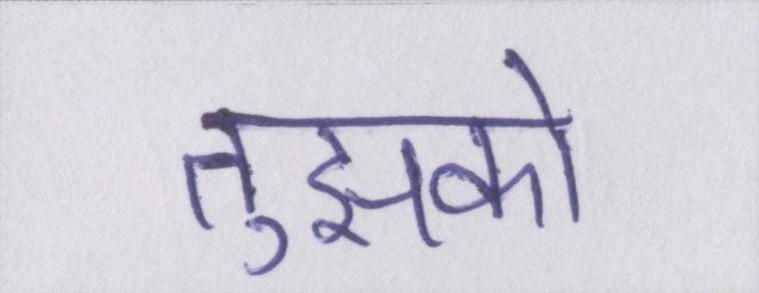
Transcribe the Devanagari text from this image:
तुझको